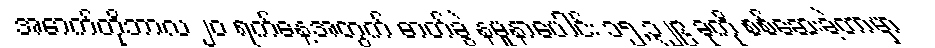
အောက်တိုဘာလ ၂၀ ရက်နေ့အတွက် ဓာတ်ခွဲ နမူနာပေါင်း ၁၅,၃၂၉ ခုကို စစ်ဆေးခဲ့တာမှာ